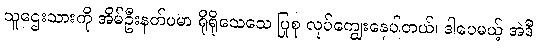
သူဌေးသားကို အိမ်ဦးနတ်ပမာ ရိုရိုသေသေ ပြုစု လုပ်ကျွေးနေပါတယ်၊ ဒါပေမယ့် အဲဒီ